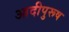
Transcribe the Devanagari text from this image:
आदीपुरूष